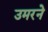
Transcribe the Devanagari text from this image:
उमरने